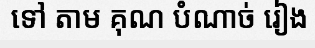
ទៅ តាម គុណ បំណាច់ រៀង